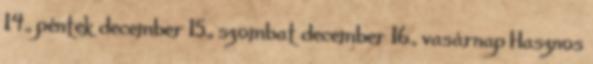
14., péntek december 15., szombat december 16., vasárnap Hasznos